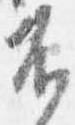
不